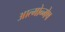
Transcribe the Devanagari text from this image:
आत्मोन्मेष